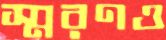
স্মরণও